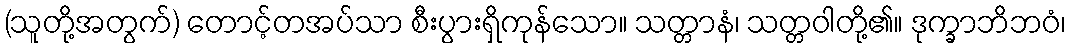
(သူတို့အတွက်) တောင့်တအပ်သာ စီးပွားရှိကုန်သော။ သတ္တာနံ၊ သတ္တဝါတို့၏။ ဒုက္ခာဘိဘဝံ၊